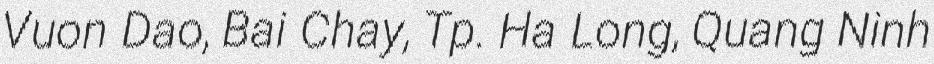
Vuon Dao, Bai Chay, Tp. Ha Long, Quang Ninh